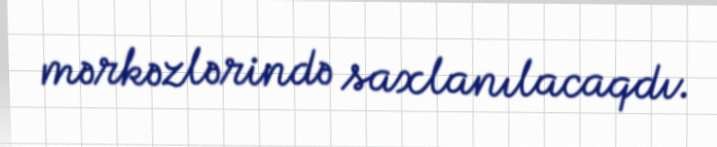
mərkəzlərində saxlanılacaqdı.